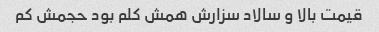
قیمت بالا و سالاد سزارش همش کلم بود حجمش کم